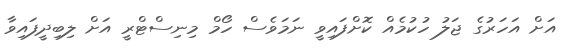
އަށް އަހަރުގެ ޖަލު ހުކުމެއް ކޮށްފައިވީ ނަމަވެސް ހޯމް މިނިސްޓްރީ އަށް ލިބިދީފައިވާ